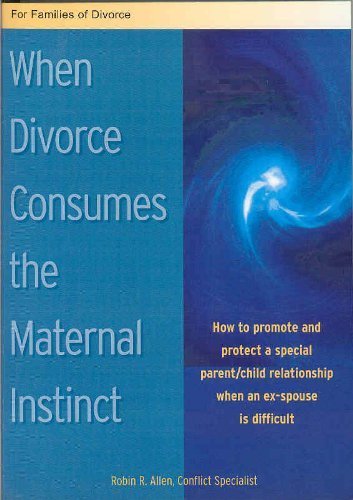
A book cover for When Divorce Consumes The Maternal Instinct: How To Promote And Protect A Special Parent/child Relationship When An Ex-spouse Is Difficult; Robin R. Allen; Law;